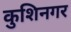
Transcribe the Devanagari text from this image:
कुशिनगर